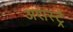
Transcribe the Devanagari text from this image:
अरास्ट्रे